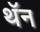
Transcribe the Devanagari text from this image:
थॅन